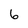
Character: 6